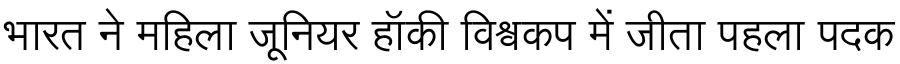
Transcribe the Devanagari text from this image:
भारत ने महिला जूनियर हॉकी विश्वकप में जीता पहला पदक